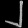
Digit: ၂